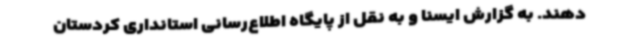
دهند. به گزارش ایسنا و به نقل از پایگاه اطلاع‌رسانی استانداری کردستان